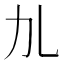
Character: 劜